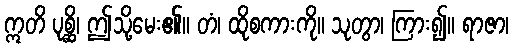
ဣတိ ပုစ္ဆိ၊ ဤသို့မေး၏။ တံ၊ ထိုစကားကို။ သုတွာ၊ ကြား၍။ ရာဇာ၊